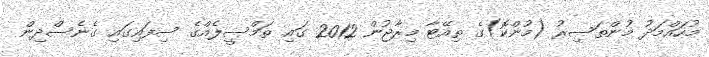
މުހައްމަދު މުންތަސިރު (މުންކޮ)ގެ ތިއޭޓާ މިރާޖުން 2012 ގައި ތަމްސީލެއްގެ ސިފައިގައި ގެނެސްދިން